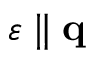
\boldsymbol { \varepsilon } \parallel \mathbf { q }